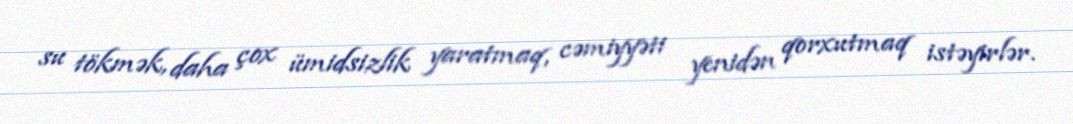
su tökmək, daha çox ümidsizlik yaratmaq, cəmiyyəti yenidən qorxutmaq istəyirlər.